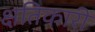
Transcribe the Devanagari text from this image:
क्षतिकारी